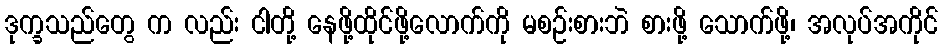
ဒုက္ခသည်တွေ က လည်း ငါတို့ နေဖို့ထိုင်ဖို့လောက်ကို မစဉ်းစားဘဲ စားဖို့ သောက်ဖို့၊ အလုပ်အကိုင်